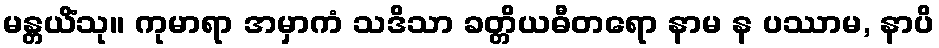
မန္တယိံသု။ ကုမာရာ အမှာကံ သဒိသာ ခတ္တိယဓီတရော နာမ န ပဿာမ, နာပိ